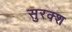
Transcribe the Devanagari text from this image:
सुरक्श